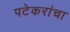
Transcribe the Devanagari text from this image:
पटेकरांचा